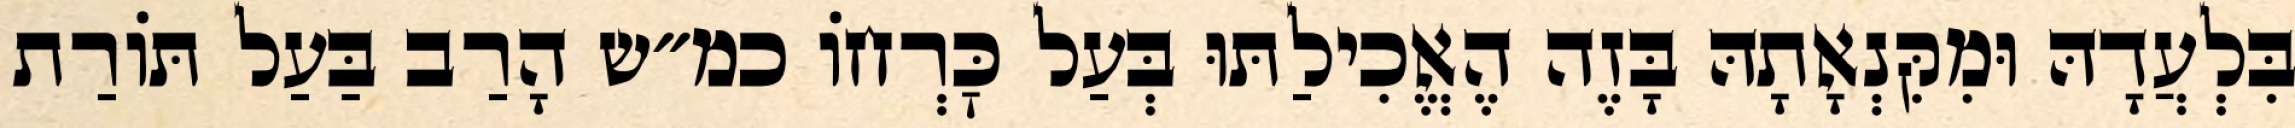
בִּלְעֲדָהּ וּמִקִּנְאָתָהּ בָּזֶה הֶאֱכִילַתּוּ בְּעַל כׇּרְחוֹ כמ״ש הָרַב בַּעַל תּוֹרַת